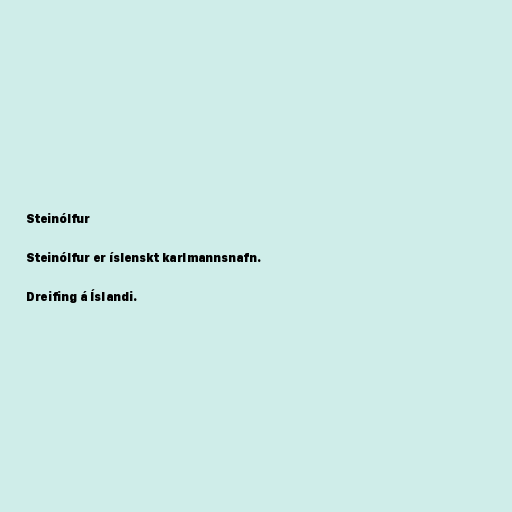
Steinólfur

Steinólfur er íslenskt karlmannsnafn.

Dreifing á Íslandi.